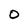
Character: 0